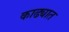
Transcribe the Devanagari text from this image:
काढ्यात